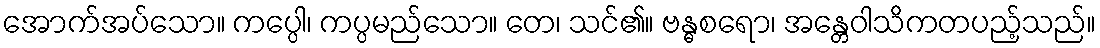
အောက်အပ်သော။ ကပ္ပေါ၊ ကပ္ပမည်သော။ တေ၊ သင်၏။ ဗန္ဓစရော၊ အန္တေဝါသိကတပည့်သည်။